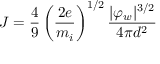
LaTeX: J = { \frac { 4 } { 9 } } \left( { \frac { 2 e } { m _ { i } } } \right) ^ { 1 / 2 } { \frac { | \varphi _ { w } | ^ { 3 / 2 } } { 4 \pi d ^ { 2 } } }